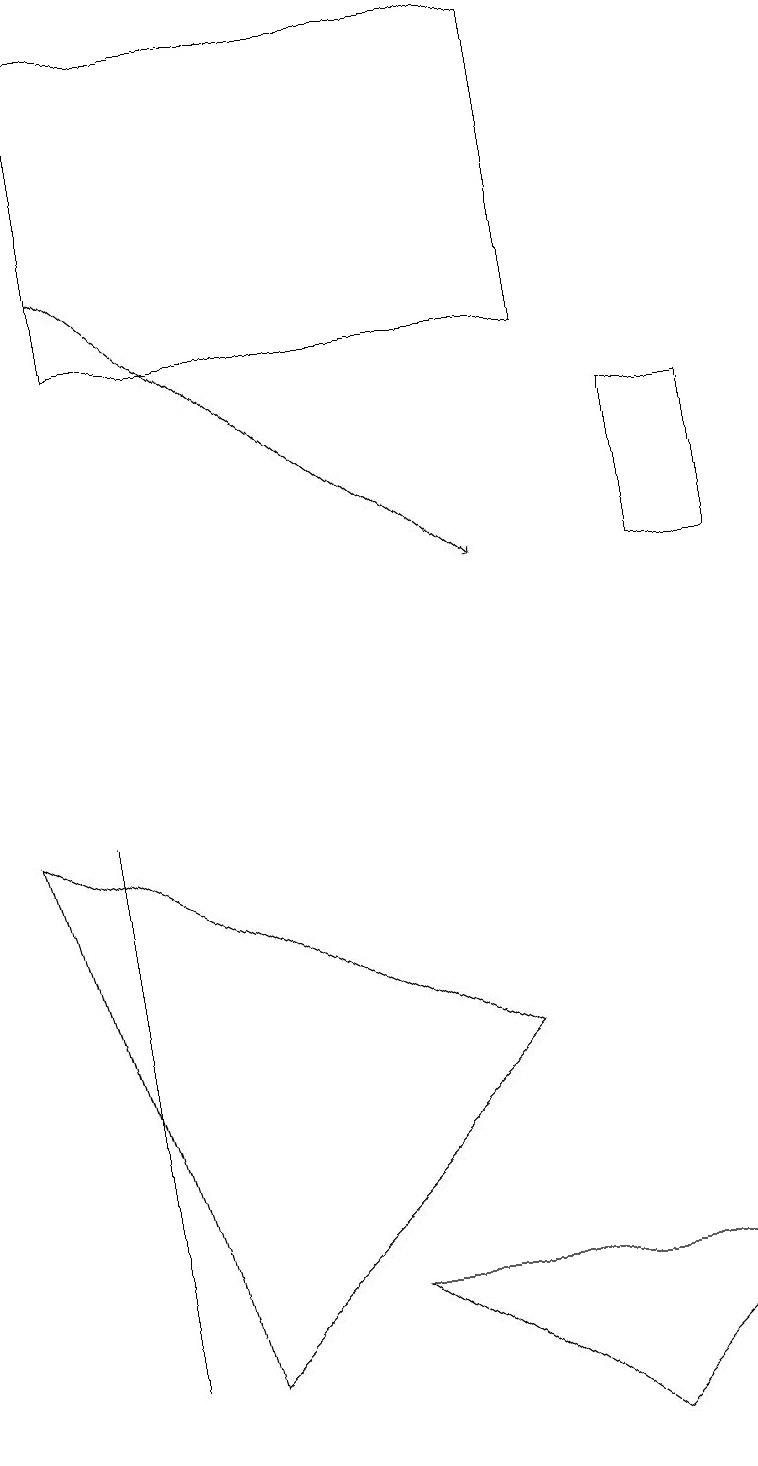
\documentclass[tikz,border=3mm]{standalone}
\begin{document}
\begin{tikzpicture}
\draw (1,2) -- (1,8) -- (1,9) -- cycle;
\draw[->] (1,16) -- (6,12);
\draw (9,3) -- (4,3) -- (7,1) -- cycle;
\draw (2,2) -- (6,6) -- (0,9) -- cycle;
\draw (7,15) rectangle (1,19);
\draw (8,12) rectangle (9,14);
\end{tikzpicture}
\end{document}